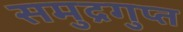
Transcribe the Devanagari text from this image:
समुद्रगुप्‍त